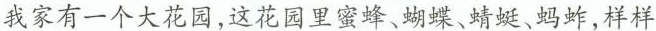
我家有一个大花园，这花园里蜜蜂、蝴蝶、蜻蜓、蚂蚱，样样